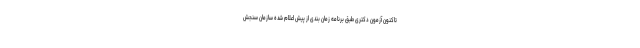
تاکنون آزمون دکتری طبق برنامه زمان بندی از پیش اعلام شده سازمان سنجش